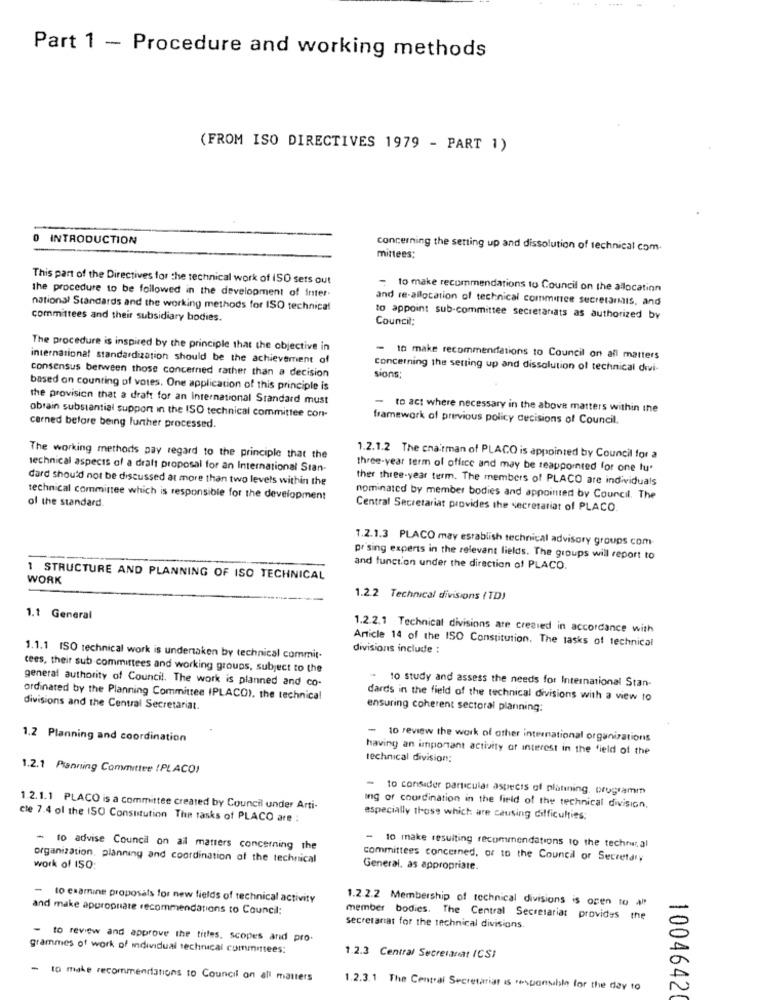
Part 1 - Procedure and working methods
(FROM ISO DIRECTIVES 1979 - PART 1)
INTRODUCTION
concerning the setting up and dissolution of technical com.
mittees;
This part of the Directives for the technical work of ISO sets out
= to make recommendations to Council on the allocation
the procedure to be followed in the development of Inter
and re-allocation of technical committee secretaris, and
national Standards and the working methods for ISO technical
committees and their subsidiary bodies.
Council;
to appoint sub-committee secretariats as authorized by
The procedure is inspired by the principle that the objective in
international standardization should be the achievement of
to make recommendations to Council on all matters
consensus between those concerned rather than a decision
concerning the setting up and dissolution of technical divi-
sions;
based on counting of votes. One application of this principle is
the provision that a draft for an International Standard must
- to act where necessary in the above matters within the
obrain substantial support in the ISO technical committee con-
framework of previous policy decisions of Council.
carned before being further processed.
The working methods pay regard to the principle that the
1.2.1.2 The chairman of PLACO is appointed by Council for a
technical aspects of a draft proposal for an International Stan-
three-year term of office and may be reappointed for one tu'
dard should not be discussed at more than two levels within the
ther three-year term. The members of PLACO are individuals
of the standard
technical committee which is responsible for the development
nominated by member bodies and appointed by Council. The
Central Secretariat provides the secretariat of PLACO.
7.2.1.3 PLACO may establish technical advisory groups com
pr sing experts in the relevant fields. The groups will report to
and function under the direction of PLACO.
WORK
1 STRUCTURE AND PLANNING OF ISO TECHNICAL
1.2.2 Technical divisions (TD)
1.1 General
1.2.2.1 Technical divisions are created in accordance with
Article 14 of the ISO Constitution. The tasks of technical
divisions include :
1.1.1 ISO technical work is undertaken by technical commit.
cees, their sub committees and working groups, subject to the
general authority of Council. The work is planned and co-
to study and assess the needs for International Stan-
ordinated by the Planning Committee IPLACO). the technical
dards in the field of the technical divisions with a view to
divisions and the Central Secretariat.
ensuring coherent sectoral planning:
1.2 Planning and coordination
- to review the work of other international organizations
having an important activity of interest in the field of the
technical division;
1.2.1 Planning Committee (PLACO)
- to consider particular aspects of platining. programm
1.2.1.1 PLACO is a committee created by Council under Arti-
Ing of coordination in the field of the technical division.
cle 7.4 of the ISO Constitution The tasks of PLACO are :
especially those which are causing difficulties:
- to advise Council on ail matters concerning the
-10 make resulting recommendations 10 the technical
organization, planning and coordination of the technical
committees concerned, or to the Council or Secretary
work of ISO;
General, as appropriate.
- to examine proposals for new fields of technical activity
and make appropriate recommendations to Council:
member bodies.
1.2.2.2 Membership of technical divisions is open to all
The Central Secretariat provides the
secretariat for the technical divisions.
to review and approve the titles, scopes and pro-
grammes of work of individual technical committees:
1.2.3 Central Secresanat (CS)
-
to make recommendations to Council on all matters
1.2.3.1 The Central Secretariat is .sponsable for the day to
10046420